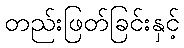
တည်းဖြတ်ခြင်းနှင့်